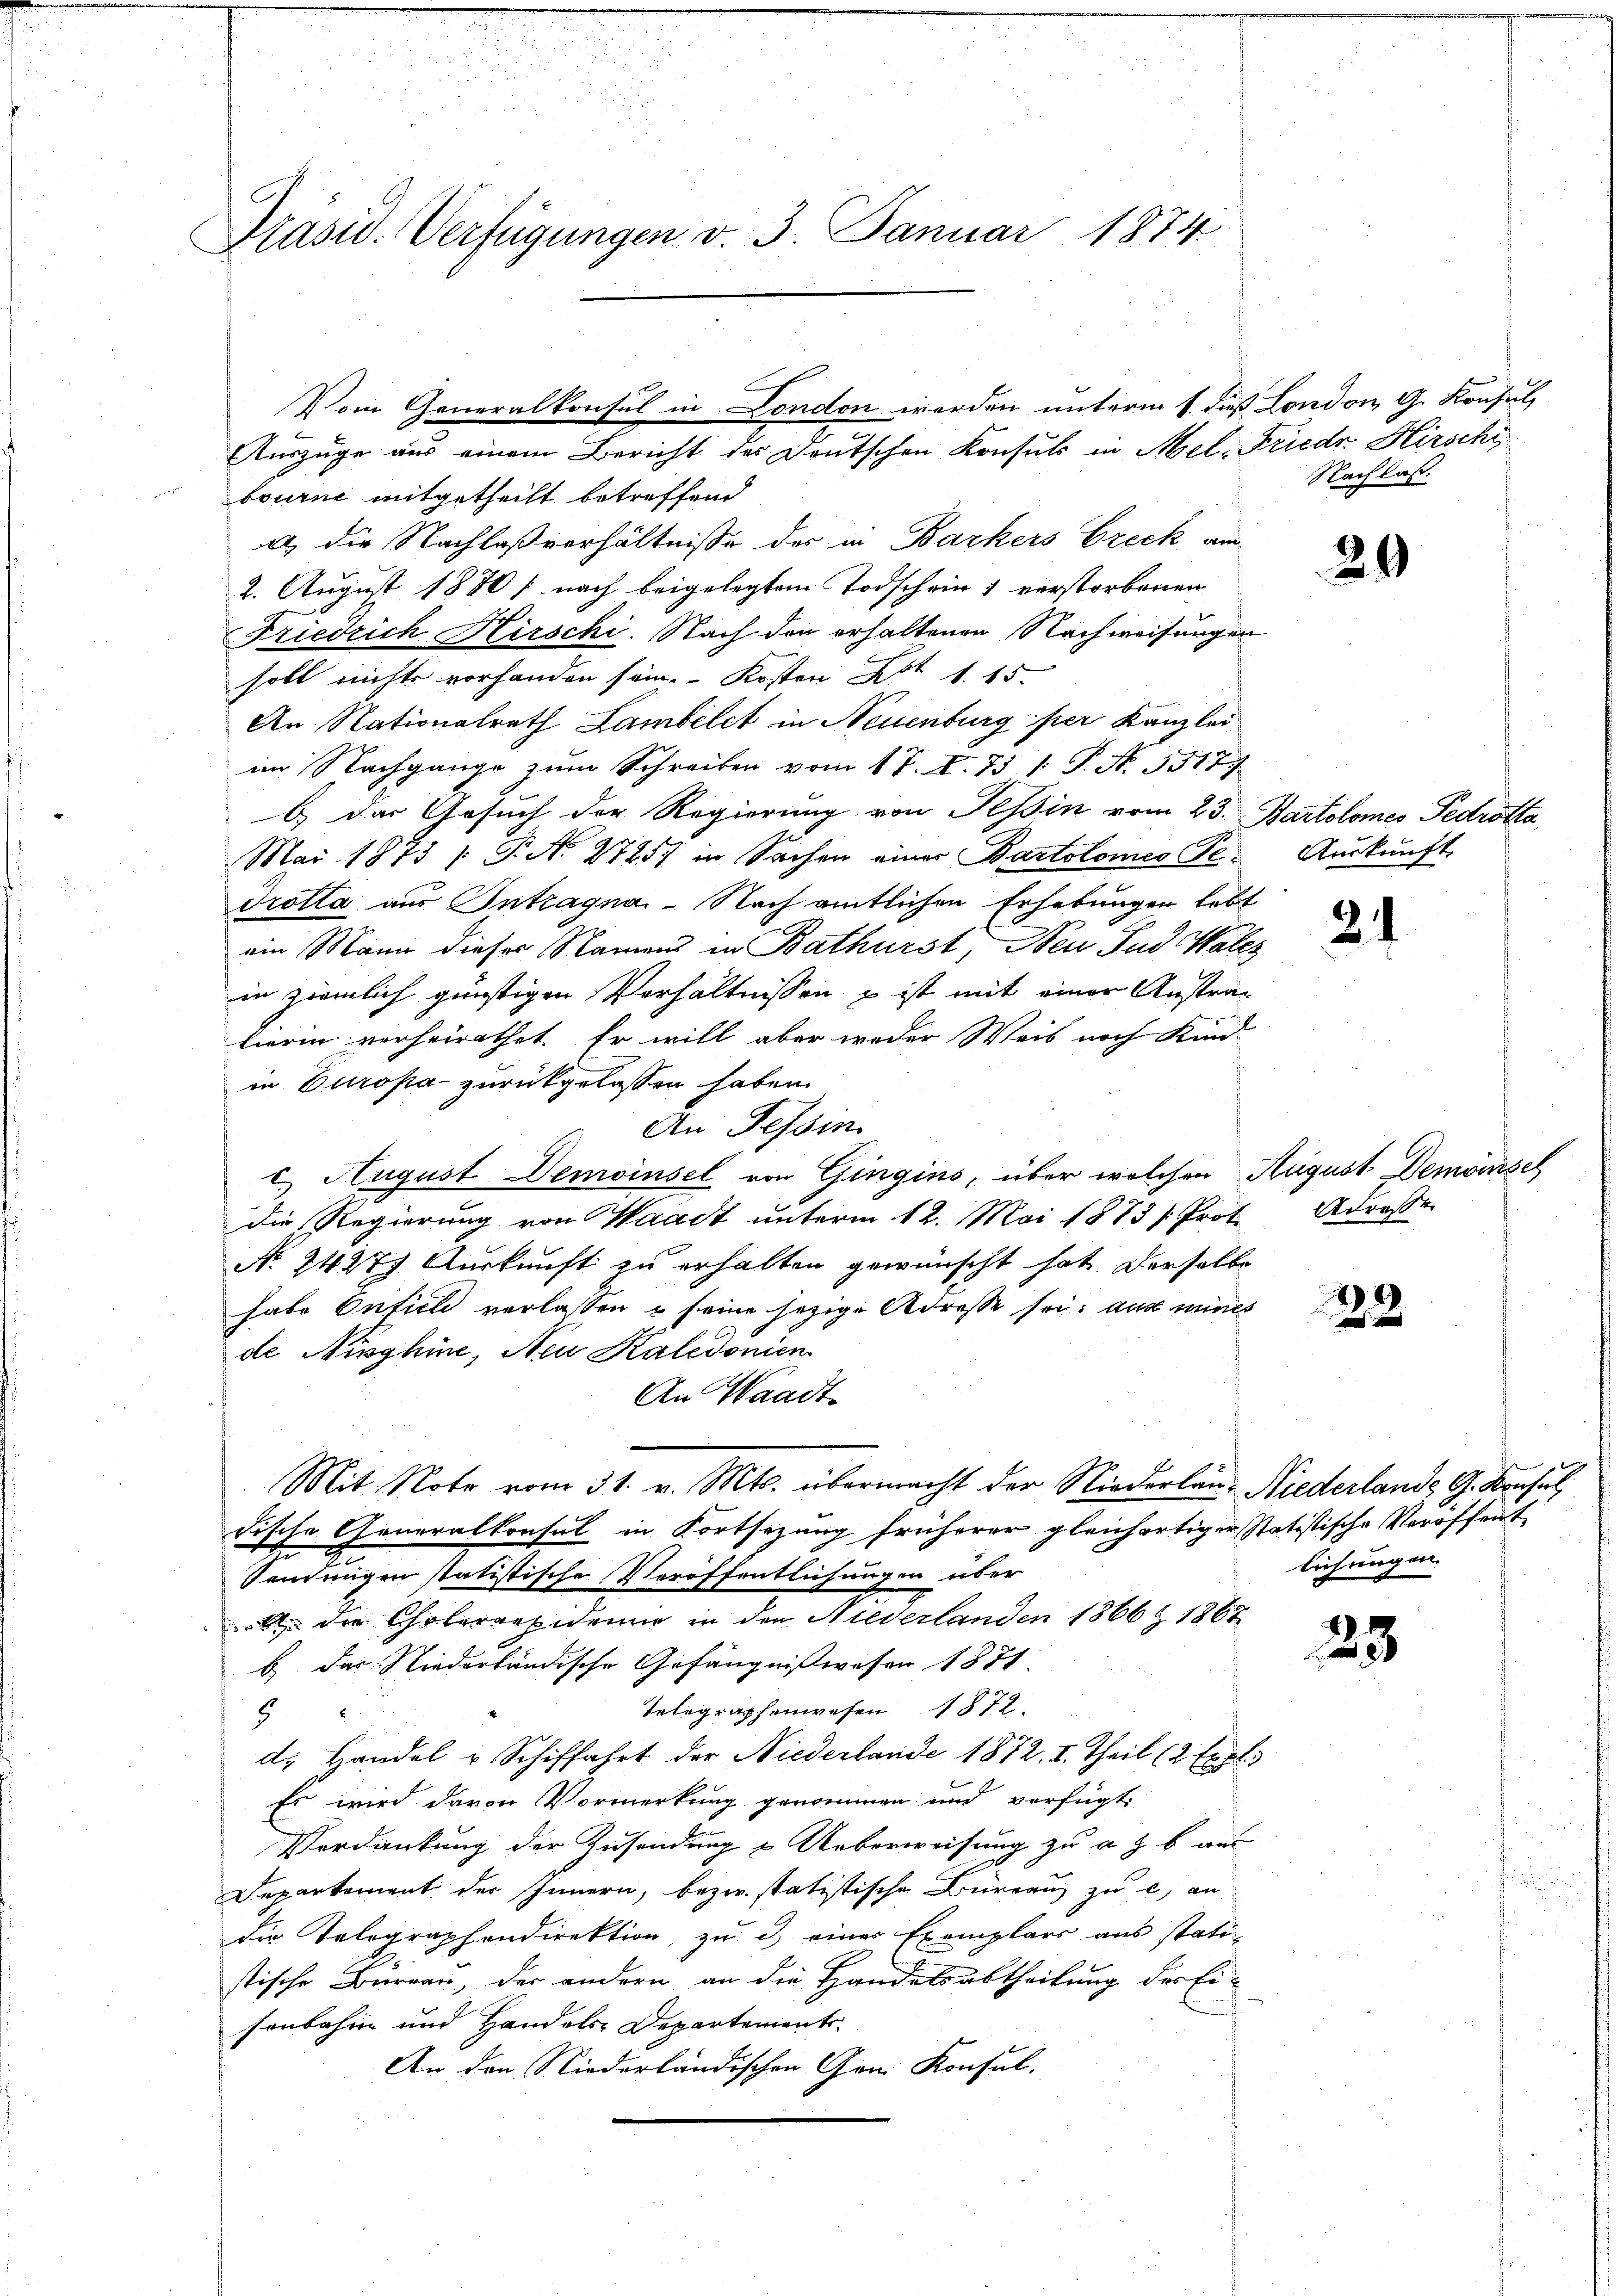
Präsid. Verfügungen v. 3. Januar 1874.

bourne mitgetheilt betreffend
u, die Nachlaßverhältnisse der in Barkers Frick am
2. August 1880 / nach beigelegten Todschein & verstorbenen
Friedrich Hirschi. Nach den erhaltenen Nachweisungen
soll nichts vorhanden sein. Kosten Art. 1. 15.
An Nationalrath Lambelet in Neuenburg per Kanzlei
im Nachgange zum Schreiben vom 17. A. 73 /: P. N. 5517.
b) das Gesuch der Regierung von Tessin vom 23. Bartolomes Pedrotta,
Mai 1873 / P. N. 2725 in Sachen einer Bartolomes Pedrotta aus Intragna - Nach amtlichen Erhebungen lebt
ein Mann dieses Namens in Bathürst, Neu Jud Wales
in ziemlich günstigen Verhältnissen u ist mit einer Anstralierin verheirathet. Er will aber weder Weis noch Kin-
in Europa zurückgelassen haben.
An Tessin
c. August Demoinsel von Gingins, über welchen August Demoisel
die Regierung von Waadt unterm 12. Mai 1873 /Prot Adresse
No 2427. Auskunft zu erhalten gewünscht hat. Derselbe
habe Onfiele verlassen & seine jezige Adresse sei, aus mines
de Nieghine, Neu Kaledonien
An Waadt
Mit Note vom 31. v. Mts. übermacht der Niederlan-Niederlande G. Konsul
dische Generalkonsul in Fortsezung früherer gleichartiger Statistische Veröffent
Sendungen statistische Veröffentlichungen über
 die Cholerrepidemie in den Niederlanden 1866 & 1867
b. das Niederländische Gefängnißwesen 1871
Telegraphenwesen 1872.
9
d. Handel u Schiffahrt der Niederlande 1872. II. Theil (2 Expl
Es wird davon Vormerkung genommen und verfügt:
Verdankung der Zusendung & Ueberweisung zu a. g. b. aus
Departement der Innern, bezw. statistische Büreau zu c) an
die Telegraphondirektion, zu u. einer Exemplars aus stati-
stische Burgau, der andern an die Handelsabtheilung des Eisonbahren und Handels-Departements-
An den Niederländischen Gen. Konsul.

Vom Generalkonsul in London werden unterm 1. dieß London, G. Konsul
Auszüge aus einem Bericht des Deutschen Konsuls in Mel-Friedr. Hirschi

Nachlas

29

Auskunft.

2

232

lichungen.

23